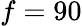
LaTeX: f=90